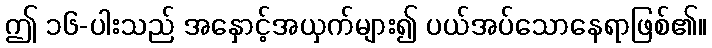
ဤ ၁၆-ပါးသည် အနှောင့်အယှက်များ၍ ပယ်အပ်သောနေရာဖြစ်၏။